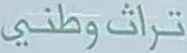
تراث وطني